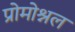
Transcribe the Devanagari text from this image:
प्रोमोश्नल